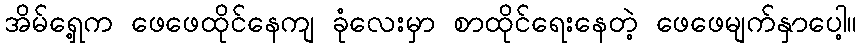
အိမ်ရှေ့က ဖေဖေထိုင်နေကျ ခုံလေးမှာ စာထိုင်ရေးနေတဲ့ ဖေဖေမျက်နှာပေါ့။